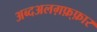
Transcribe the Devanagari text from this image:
अब्दअलग़फ़्फ़ार